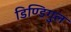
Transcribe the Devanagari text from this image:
डिण्डिगुल